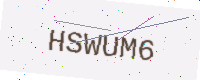
Text: HSWUM6